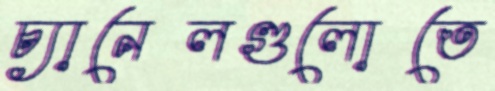
চ্যানেলগুলোতে